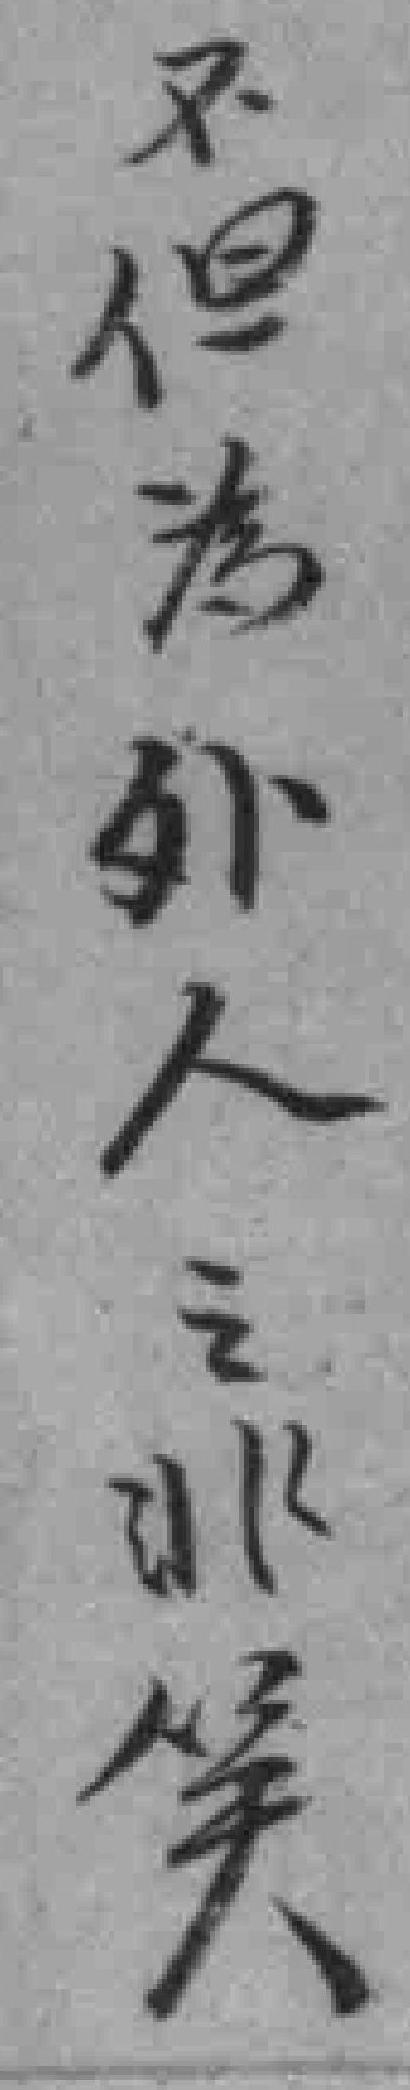
不但為外人之非笑